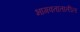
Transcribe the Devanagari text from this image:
भागवतातातील